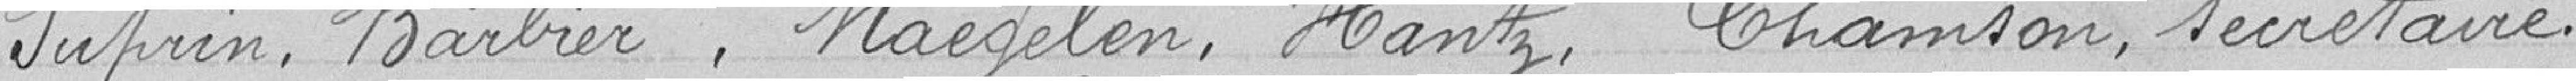
Suprin, Barbier, Naegelen, Hantz, Chamson, secrétaire.